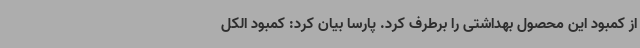
از کمبود این محصول بهداشتی را برطرف کرد. پارسا بیان کرد: کمبود الکل